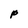
Character: p